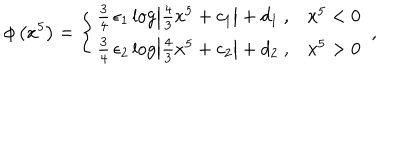
\phi \left( x ^ { 5 } \right) = \left\{ \begin{array} { l l } { { \frac { 3 } { 4 } \, \epsilon _ { 1 } \log \left| \frac { 4 } { 3 } x ^ { 5 } + c _ { 1 } \right| + d _ { 1 } \ , } } & { { x ^ { 5 } < 0 } } \\ { { \frac { 3 } { 4 } \, \epsilon _ { 2 } \log \left| \frac { 4 } { 3 } x ^ { 5 } + c _ { 2 } \right| + d _ { 2 } \ , } } & { { x ^ { 5 } > 0 } } \\ \end{array} \right. \ ,